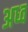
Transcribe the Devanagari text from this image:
अध्व